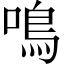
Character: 鳴